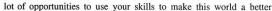
lot of opportunities to use your skills to make this world a better